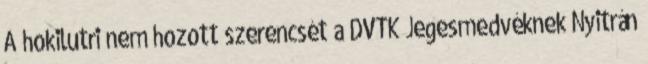
A hokilutri nem hozott szerencsét a DVTK Jegesmedvéknek Nyitrán